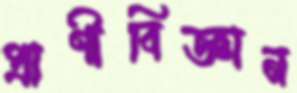
প্রাণীবিজ্ঞান